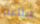
صناعة